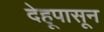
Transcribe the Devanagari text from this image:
देहूपासून